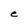
Character: e